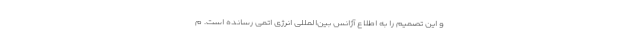
و این تصمیم را به اطلاع آژانس بین‌المللی انرژی اتمی رسانده است. م